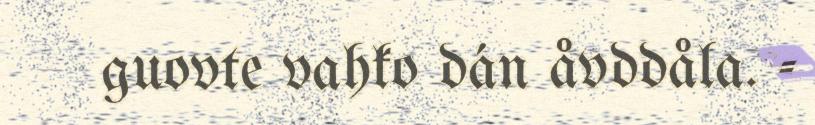
guovte vahko dán åvddåla. -